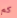
كم